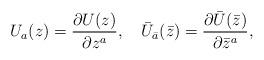
LaTeX: \begin{align*}U_a(z)=\frac{\partial U(z)}{\partial z^a},\quad{\bar U}_{\bar a}(\bar z )=\frac{\partial {\bar U}({\bar z})}{\partial {\bar z}^a},\end{align*}